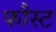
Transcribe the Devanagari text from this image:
फौस्ट